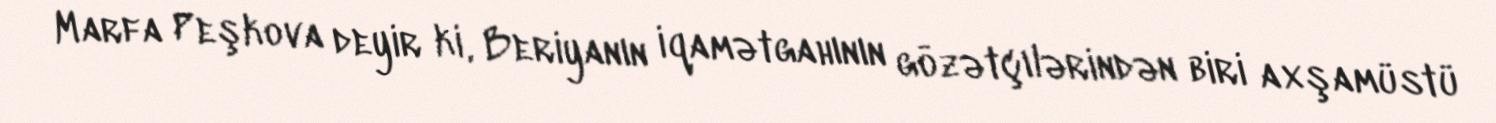
Marfa Peşkova deyir ki, Beriyanın iqamətgahının gözətçılərindən biri axşamüstü